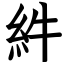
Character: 䋅